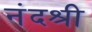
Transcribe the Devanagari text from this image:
नंदश्री